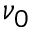
\nu _ { 0 }